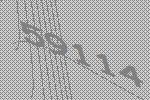
59114